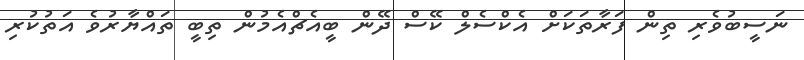
ނަސީބުވެރި ތިން ފަރާތަކަށް އެކްސެލް ކޭސް ދޭން ބީއެޗްއެމުން ތިބީ ތައްޔާރުވެ އަތުކުރި